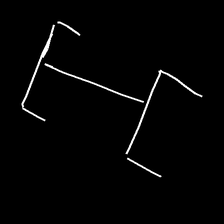
Glyph: entwine